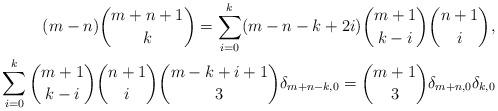
LaTeX: \begin{align*} (m-n)\binom{m+n+1}{k}=\sum_{i=0}^k(m-n-k+2i)\binom{m+1}{k-i}\binom{n+1}{i}, \\ \sum_{i=0}^k\binom{m+1}{k-i}\binom{n+1}{i}\binom{m-k+i+1}{3}\delta_{m+n-k,0}=\binom{m+1}{3}\delta_{m+n,0}\delta_{k,0} \end{align*}